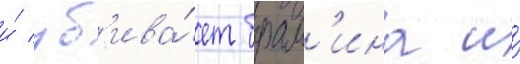
и́ уб'ива́ет брам'ина и́